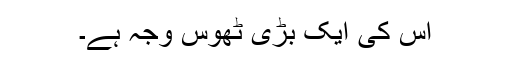
اس کی ایک بڑی ٹھوس وجہ ہے۔